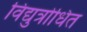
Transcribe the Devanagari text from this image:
विद्युत्रोधित